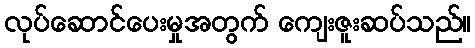
လုပ်ဆောင်ပေးမှုအတွက် ကျေးဇူးဆပ်သည်။